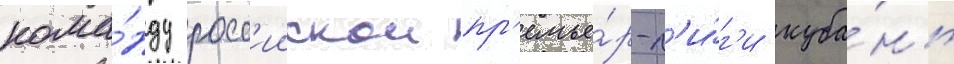
кома́нду росс'иискои пр'емье́р-л'и́г'и куба́нь